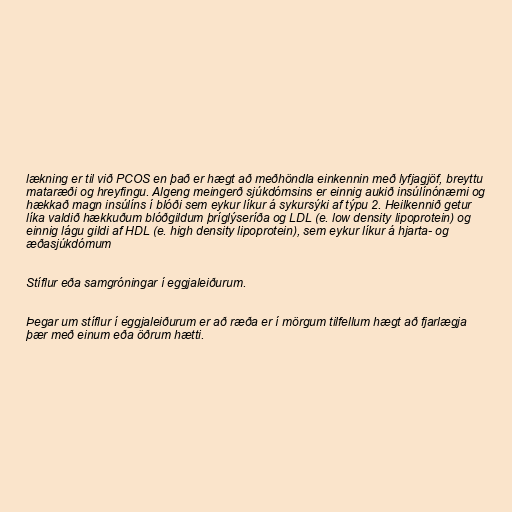
lækning er til við PCOS en það er hægt að meðhöndla einkennin með lyfjagjöf, breyttu
mataræði og hreyfingu. Algeng meingerð sjúkdómsins er einnig aukið insúlínónæmi og
hækkað magn insúlíns í blóði sem eykur líkur á sykursýki af týpu 2. Heilkennið getur
líka valdið hækkuðum blóðgildum þríglýseríða og LDL (e. low density lipoprotein) og
einnig lágu gildi af HDL (e. high density lipoprotein), sem eykur líkur á hjarta- og
æðasjúkdómum

Stíflur eða samgróningar í eggjaleiðurum.

Þegar um stíflur í eggjaleiðurum er að ræða er í mörgum tilfellum hægt að fjarlægja
þær með einum eða öðrum hætti.